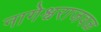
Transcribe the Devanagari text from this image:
नागेश्वराजवळ